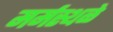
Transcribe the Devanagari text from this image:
मर्मस्थळे